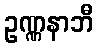
ဥဏ္ဏနာဘီ